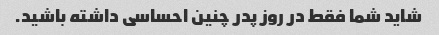
شاید شما فقط در روز پدر چنین احساسی داشته باشید.